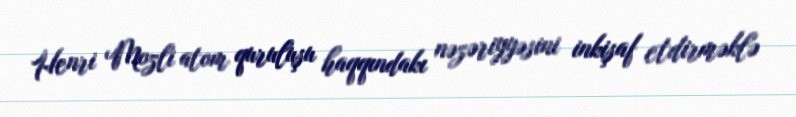
Henri Mozli atom quruluşu haqqındakı nəzəriyyəsini inkişaf etdirməklə